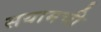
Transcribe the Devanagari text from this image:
सयामची